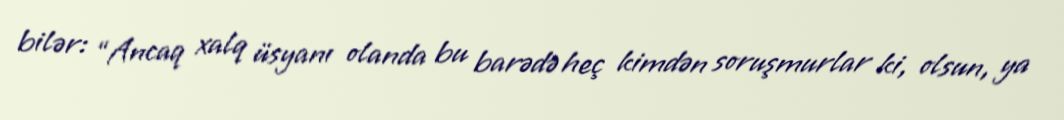
bilər: “Ancaq xalq üsyanı olanda bu barədə heç kimdən soruşmurlar ki, olsun, ya